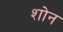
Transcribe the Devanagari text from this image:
शोन